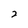
Character: 2